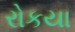
રોકયા